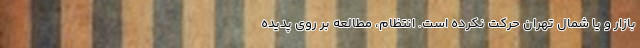
بازار و یا شمال تهران حرکت نکرده است. انتظام، مطالعه بر روی پدیده